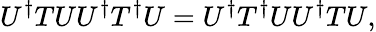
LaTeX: U^{\dagger}TUU^{\dagger}T^{\dagger}U=U^{\dagger}T^{\dagger}UU^{\dagger}TU,